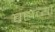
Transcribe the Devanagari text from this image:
ब्रह्मच्या